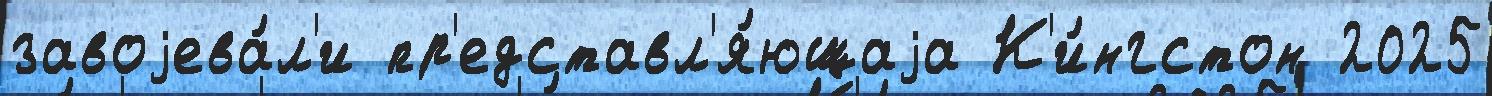
завоjева́л'и пр'едставл'я́ющаjа К'и́нгстон 2025